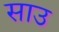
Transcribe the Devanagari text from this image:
साउ